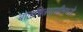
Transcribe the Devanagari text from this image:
बालचित्रवाणीमध्ये